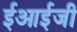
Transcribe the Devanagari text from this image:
ईआईजी